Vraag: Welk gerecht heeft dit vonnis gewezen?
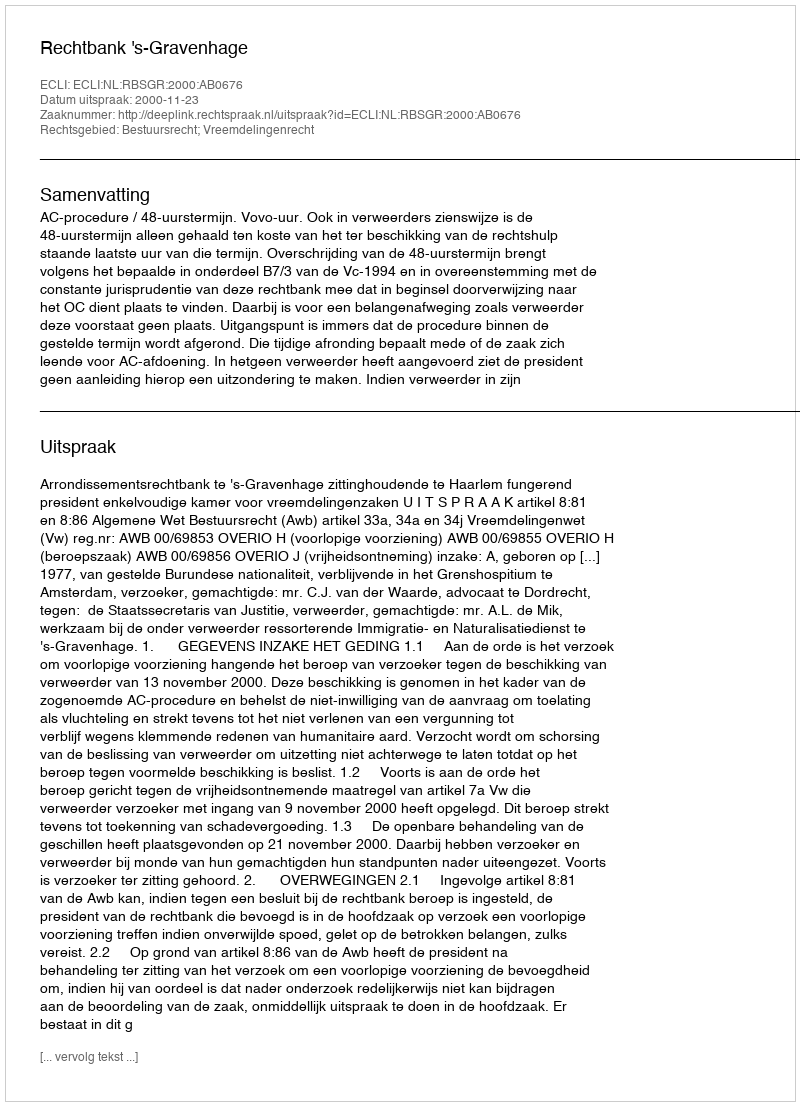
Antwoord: Rechtbank 's-Gravenhage